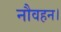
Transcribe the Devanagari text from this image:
नौवहन।